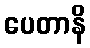
ပေတာနိ